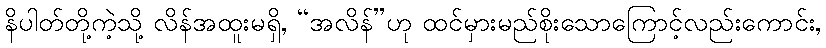
နိပါတ်တို့ကဲ့သို့ လိန်အထူးမရှိ, “အလိန်”ဟု ထင်မှားမည်စိုးသောကြောင့်လည်းကောင်း,